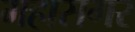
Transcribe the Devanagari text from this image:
महासगर